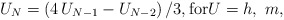
\begin{align*}U_N=\left(4\,U_{N-1}-U_{N-2}\right)/3,\hbox{for}U=h,~m,\end{align*}